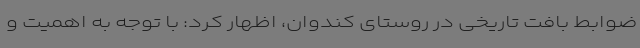
ضوابط بافت تاریخی در روستای کندوان، اظهار کرد: با توجه به اهمیت و